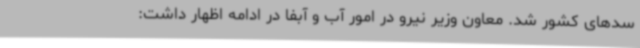
سدهای کشور شد. معاون وزیر نیرو در امور آب و آبفا در ادامه اظهار داشت: